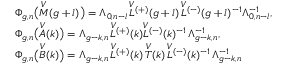
\begin{array} { l } { \Phi _ { g , n } \bigl ( \overset { V } { M } ( g + l ) \bigr ) = \Lambda _ { 0 , n - l } \, \overset { V } { L } { ^ { ( + ) } } ( g + l ) \, \overset { V } { L } { ^ { ( - ) } } ( g + l ) ^ { - 1 } \Lambda _ { 0 , n - l } ^ { - 1 } , } \\ { \Phi _ { g , n } \bigl ( \overset { V } { A } ( k ) \bigr ) = \Lambda _ { g - k , n } \, \overset { V } { L } { ^ { ( + ) } } ( k ) \overset { V } { L } { ^ { ( - ) } } ( k ) ^ { - 1 } \, \Lambda _ { g - k , n } ^ { - 1 } , } \\ { \Phi _ { g , n } \bigl ( \overset { V } { B } ( k ) \bigr ) = \Lambda _ { g - k , n } \, \overset { V } { L } { ^ { ( + ) } } ( k ) \, \overset { V } { T } ( k ) \, \overset { V } { L } { ^ { ( - ) } } ( k ) ^ { - 1 } \, \Lambda _ { g - k , n } ^ { - 1 } } \end{array}